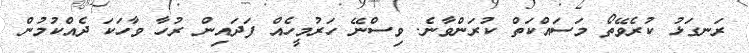
ރަނގަޅު ކުރެވޭތޯ މަސައްކަތް ކުރަންވާނެ. ވިސްނޭ ހަރުމީހެއް ފަދައިން ރުހާ ވާހަކަ ދެއްކުމުން